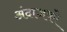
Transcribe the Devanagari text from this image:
अंदाजको